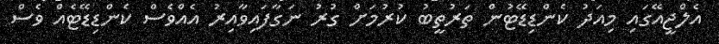
އެލްޖީއޭގައި މިއަދު ކެންޑިޑޭޓުން ތަރުތީބު ކުރުމަށް ގުރު ނަގާފައިވާއިރު އެއްވެސް ކެންޑިޑޭޓެއް ވެސް